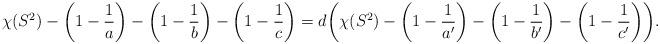
LaTeX: \begin{align*}\chi(S^2) - \bigg{(}1-\frac{1}{a} \bigg{)} - \bigg{(}1-\frac{1}{b} \bigg{)} - \bigg{(}1-\frac{1}{c} \bigg{)} = d \bigg{(} \chi(S^2) - \bigg{(}1-\frac{1}{a'} \bigg{)} - \bigg{(} 1-\frac{1}{b'}\bigg{)} - \bigg{(} 1-\frac{1}{c'} \bigg{)} \bigg{)}.\end{align*}